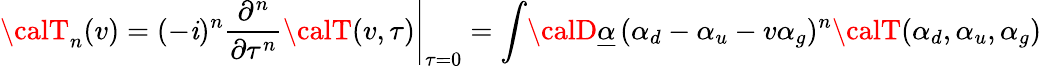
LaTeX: {\calT}_{n}(v)=\left.(-\mathit{i})^{n}\frac{{\partial^{n}}}{{\partial\tau^{n}}}{\calT}(v,\tau)\right|_{\tau=0}=\int\! {\calD}\underline{{{{\alpha}}}}\, (\alpha_{d}-\alpha_{u}-v\alpha_{g})^{n}{\calT}(\alpha_{d},\alpha_{u},\alpha_{g})